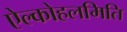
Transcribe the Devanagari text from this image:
ऐल्कोहलमिति